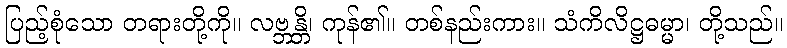
ပြည့်စုံသော တရားတို့ကို။ လဗ္ဘန္တိ၊ ကုန်၏။ တစ်နည်းကား။ သံကိလိဋ္ဌဓမ္မာ၊ တို့သည်။